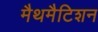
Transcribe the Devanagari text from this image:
मैथमैटिशन